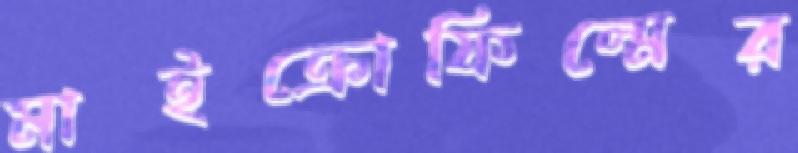
মাইক্রোফিল্মের